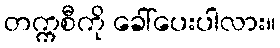
တက္ကစီကို ခေါ်ပေးပါလား။